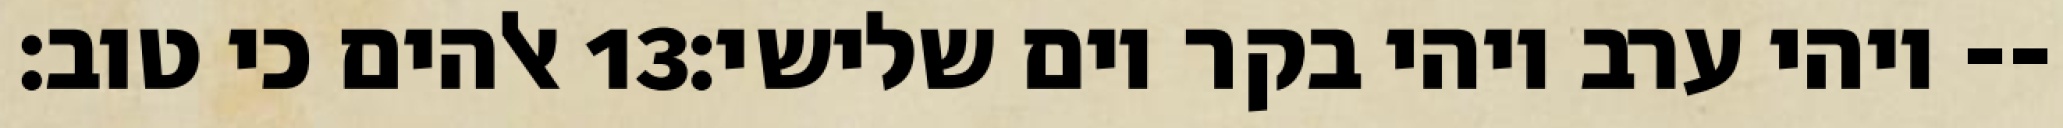
אלהים כי טוב׃ ‎13‏ ויהי ערב ויהי בקר יום שלישי׃--